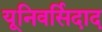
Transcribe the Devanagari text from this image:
यूनिवर्सिदाद